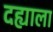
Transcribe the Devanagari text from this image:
दह्याला